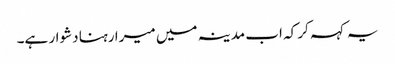
یہ کہہ کر کہ اب مدینہ میں میرا رہنا دشوار ہے۔